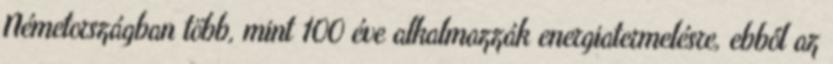
Németországban több, mint 100 éve alkalmazzák energiatermelésre, ebből az